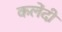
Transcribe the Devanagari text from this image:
कलेंदी